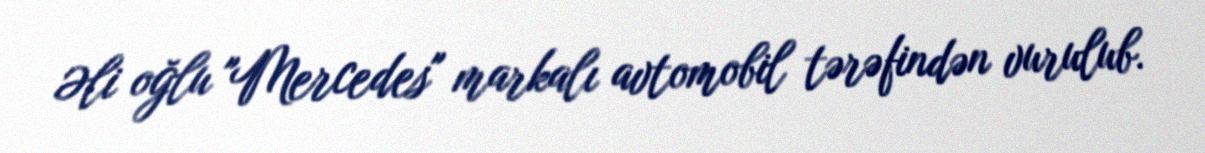
Əli oğlu "Mercedes" markalı avtomobil tərəfindən vurulub.